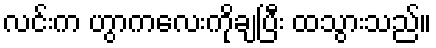
လင်းက ဟွာကလေးကိုချပြီး ထသွားသည်။